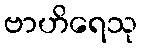
ဗာဟိရေသု